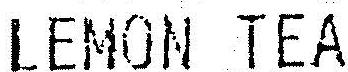
LEMON TEA